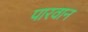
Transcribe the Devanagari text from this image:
पारवान